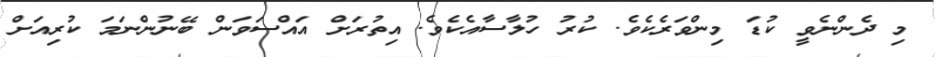
މި ދެންނެވީ ކުޑަ މިންވަރެކެވެ. ކުރު ހުލާސާއެކެވެ. އިތުރަށް އައްސަވަން ބޭނުންނަމަ ކުރިއަށް